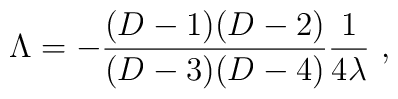
\Lambda=- {{(D-1)(D-2)}\over{(D-3)(D-4)}}{1\over 4\lambda}~,